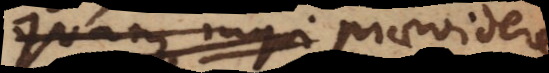
quam inqui praevidere